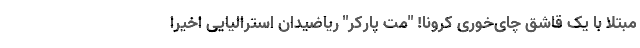
مبتلا با یک قاشق چای‌خوری کرونا! "مت پارکر" ریاضیدان استرالیایی اخیرا